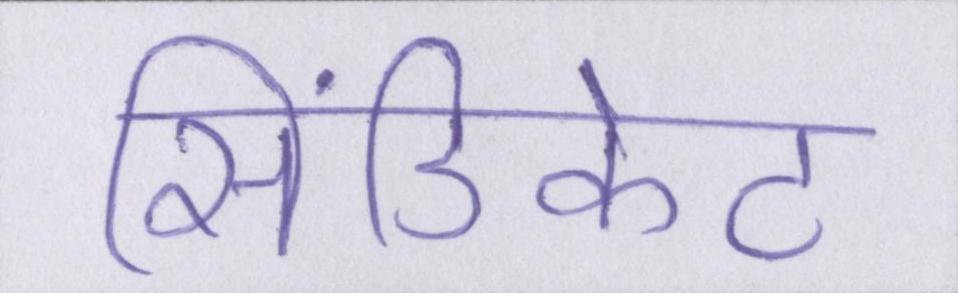
सिंडिकेट